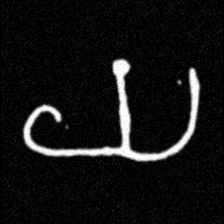
Pyu character \u2014 Myanmar letter: ယ (romanized: ya)